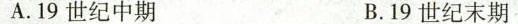
A.19世纪中期 B.19世纪末期